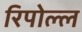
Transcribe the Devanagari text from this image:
रिपोल्ल